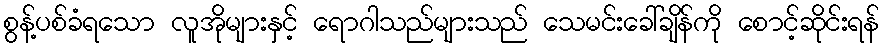
စွန့်ပစ်ခံရသော လူအိုများနှင့် ရောဂါသည်များသည် သေမင်းခေါ်ချိန်ကို စောင့်ဆိုင်းရန်